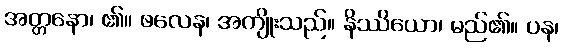
အတ္တနော၊ ၏။ ဖလေန၊ အကျိုးသည်။ နိဿိယော၊ မည်၏။ ပန၊